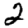
Digit: 2